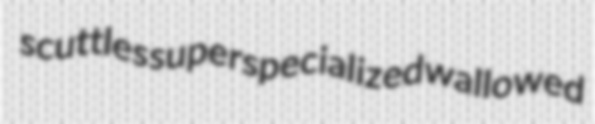
scuttles superspecialized wallowed